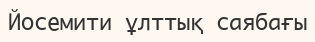
Йосемити ұлттық саябағы